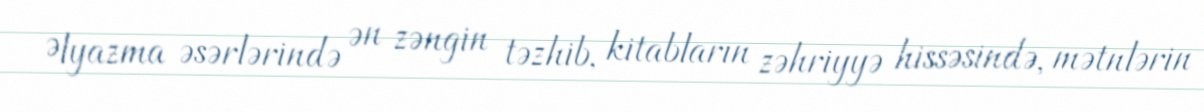
Əlyazma əsərlərində ən zəngin təzhib, kitabların zəhriyyə hissəsində, mətnlərin